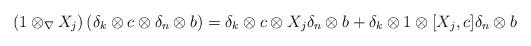
LaTeX: \begin{align*} &(1\otimes_\nabla X_j)\left(\delta_k \otimes c \otimes \delta_n \otimes b \right) = \delta_k \otimes c \otimes X_j \delta_n \otimes b + \delta_k\otimes 1\otimes [X_j,c]\delta_n \otimes b \end{align*}